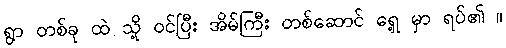
ရွာ တစ်ခု ထဲ သို့ ဝင်ပြီး အိမ်ကြီး တစ်ဆောင် ရှေ့ မှာ ရပ်၏ ။